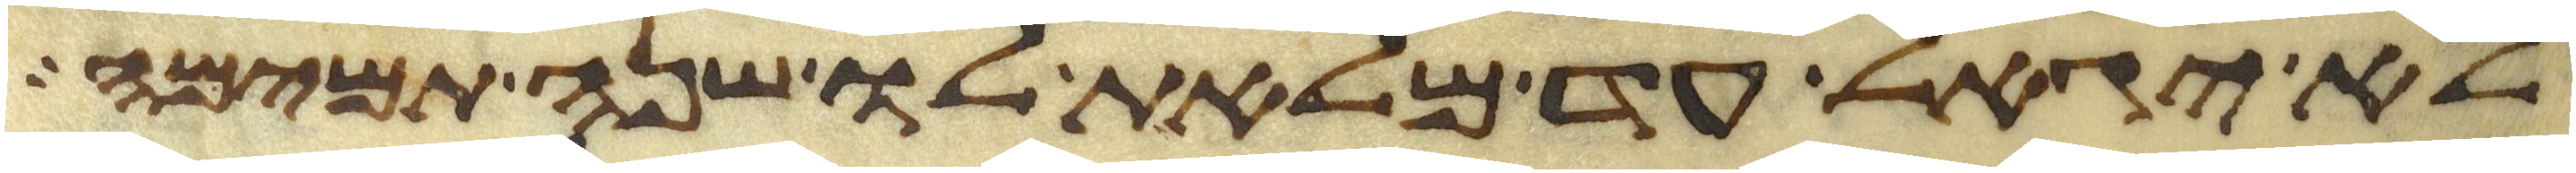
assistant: לא יגאל עד מלאת לו שנה תמימה